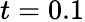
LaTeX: t=0.1